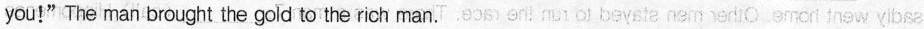
you!"The man brought the gold to the rich man.